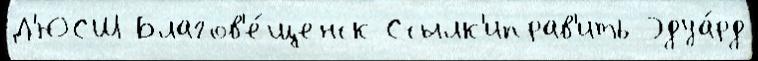
Д'ЮСШ Благов'е́щенск Ссылк'иправ'ить Эдуа́рд